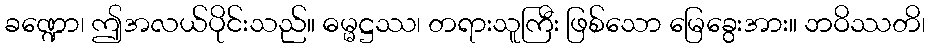
ခဏ္ဍော၊ ဤအလယ်ပိုင်းသည်။ ဓမ္မဋ္ဌဿ၊ တရားသူကြီး ဖြစ်သော မြေခွေးအား။ ဘဝိဿတိ၊